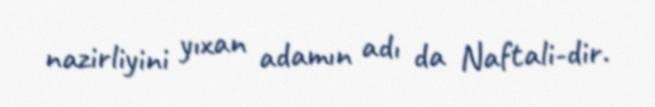
nazirliyini yıxan adamın adı da Naftali-dir.